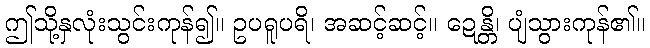
ဤသို့နှလုံးသွင်းကုန်၍။ ဥပရူပရိ၊ အဆင့်ဆင့်။ ဍေန္တိ၊ ပျံသွားကုန်၏။